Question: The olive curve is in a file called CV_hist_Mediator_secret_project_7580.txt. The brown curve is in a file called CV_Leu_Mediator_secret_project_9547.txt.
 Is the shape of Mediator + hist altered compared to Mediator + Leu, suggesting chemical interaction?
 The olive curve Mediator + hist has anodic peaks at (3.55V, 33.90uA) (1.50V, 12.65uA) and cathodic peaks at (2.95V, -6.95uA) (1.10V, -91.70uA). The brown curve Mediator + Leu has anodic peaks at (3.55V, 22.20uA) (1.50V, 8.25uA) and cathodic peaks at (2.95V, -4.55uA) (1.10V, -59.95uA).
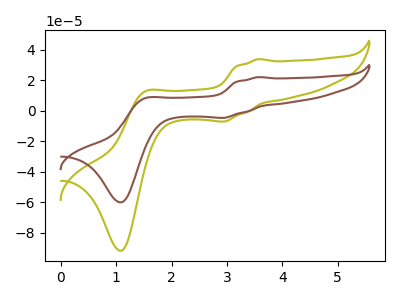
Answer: <think>All the peaks in "Mediator + hist" have a peak in "Mediator + Leu" at the same potential. Every peak in "Mediator + hist" is higher than every peak in "Mediator + Leu".
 </think>
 <answer>No, "Mediator + hist" and "Mediator + Leu" don't appear to be significantly different in shape</answer>
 <eval>no_change</eval>